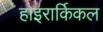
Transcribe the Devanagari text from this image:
हाइरार्किकल